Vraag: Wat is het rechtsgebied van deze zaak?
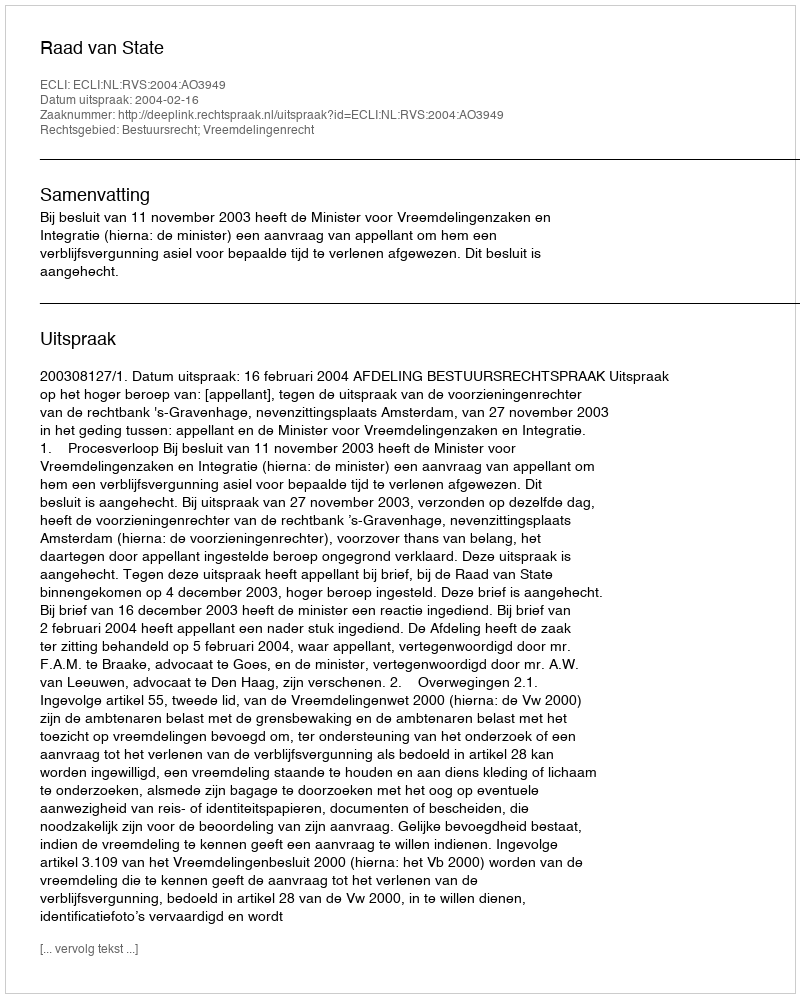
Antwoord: Bestuursrecht; Vreemdelingenrecht